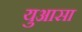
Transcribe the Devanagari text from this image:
युआसा